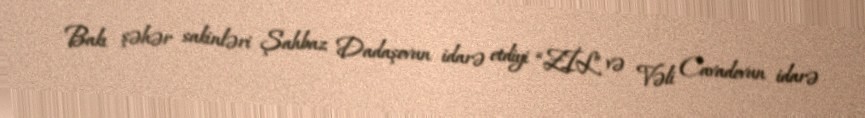
Bakı şəhər sakinləri Şahbaz Dadaşovun idarə etdiyi “ZİL” və Vəli Cavadovun idarə